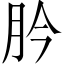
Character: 肣